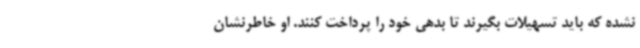
نشده که باید تسهیلات بگیرند تا بدهی خود را پرداخت کنند. او خاطرنشان